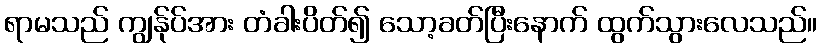
ရာမသည် ကျွန်ုပ်အား တံခါးပိတ်၍ သော့ခတ်ပြီးနောက် ထွက်သွားလေသည်။